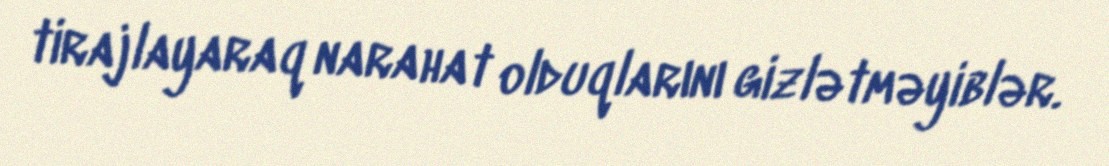
tirajlayaraq narahat olduqlarını gizlətməyiblər.